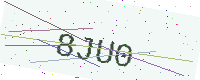
Text: 8JU0